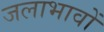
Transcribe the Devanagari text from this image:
जलाभावों